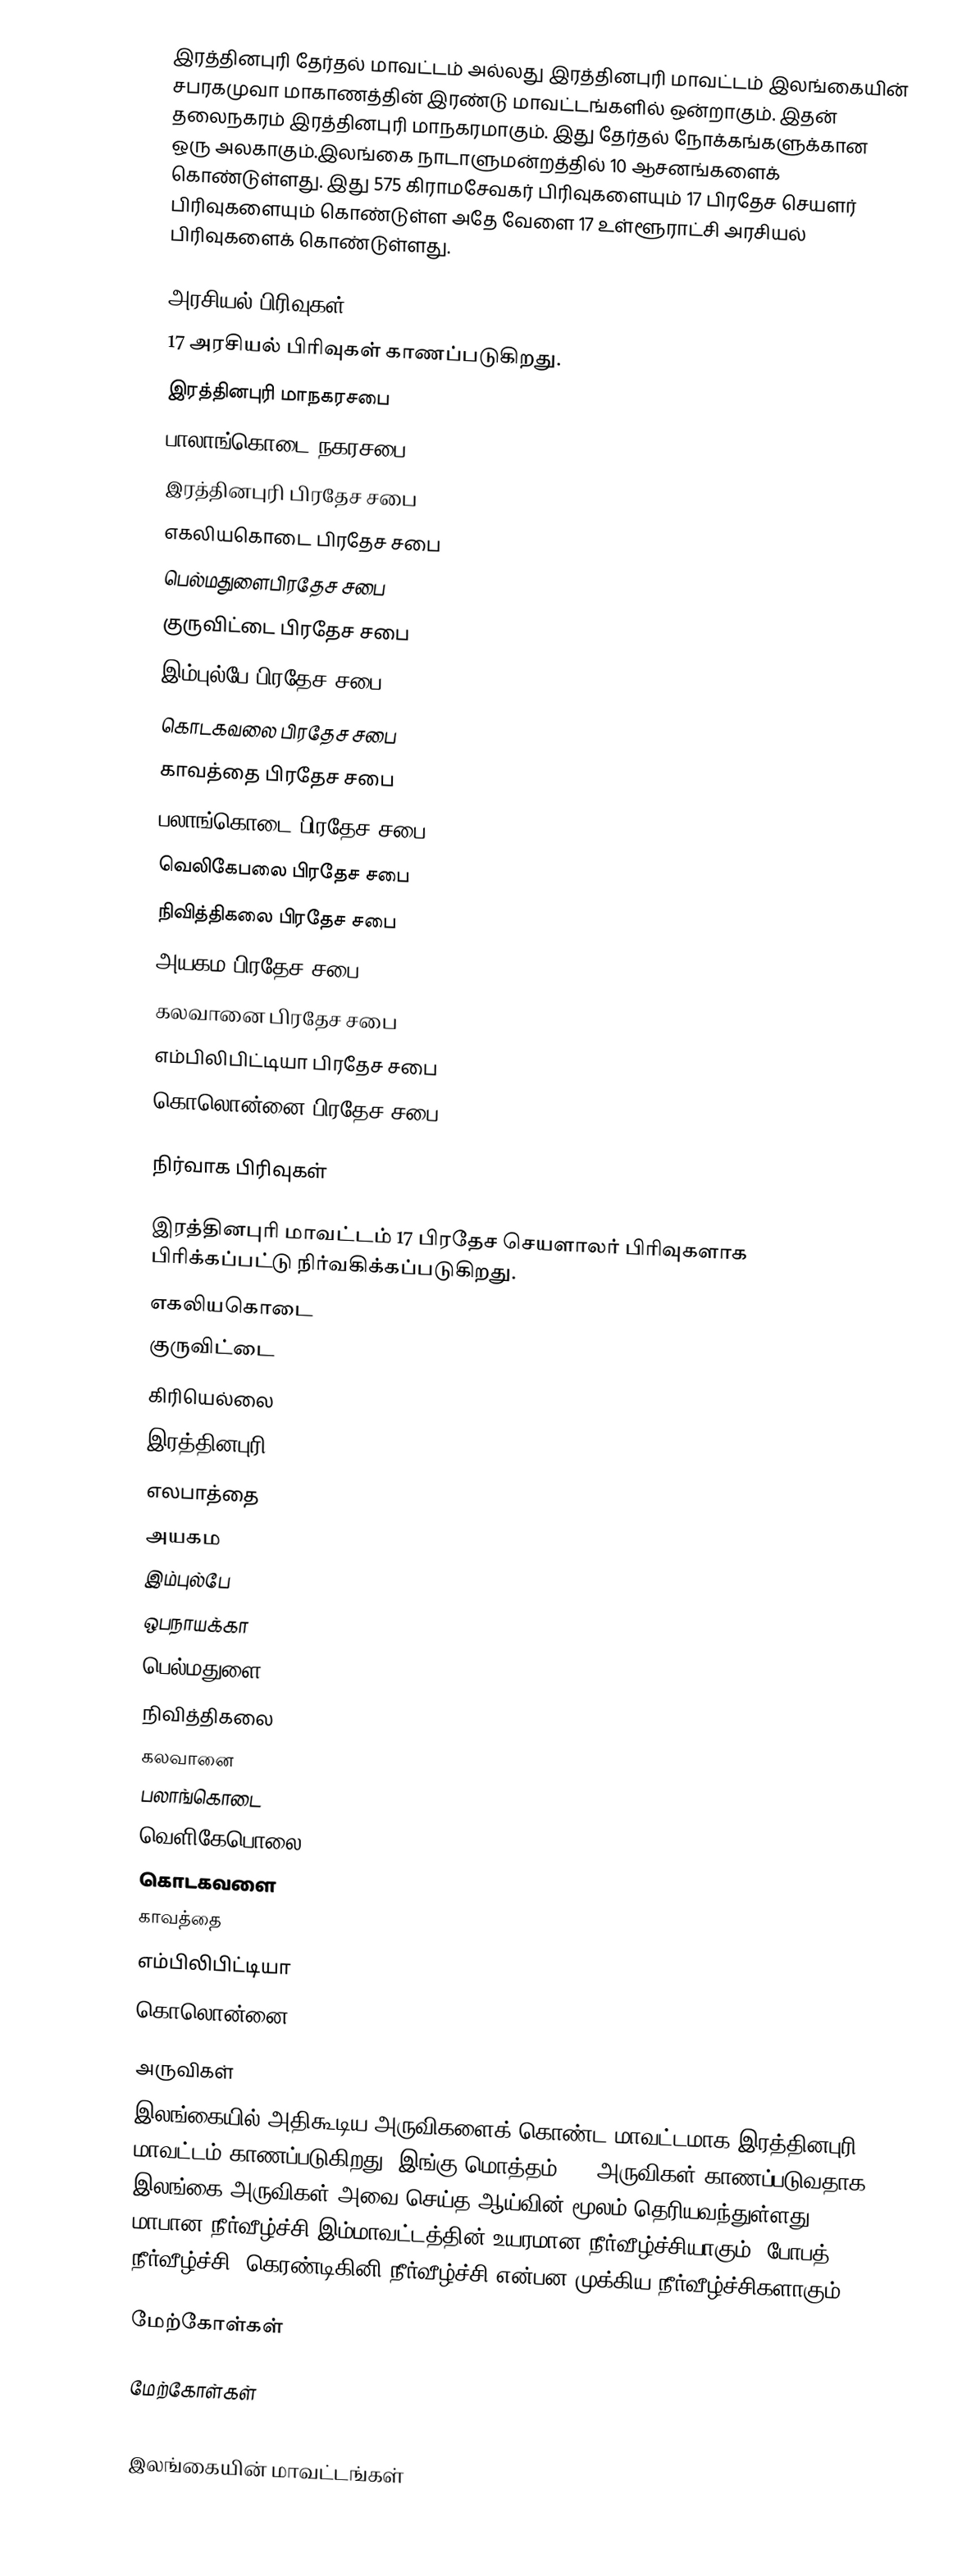
இரத்தினபுரி தேர்தல் மாவட்டம் அல்லது இரத்தினபுரி மாவட்டம்  இலங்கையின் சபரகமுவா மாகாணத்தின் இரண்டு மாவட்டங்களில் ஒன்றாகும். இதன் தலைநகரம் இரத்தினபுரி மாநகரமாகும். இது தேர்தல் நோக்கங்களுக்கான ஒரு அலகாகும்.இலங்கை நாடாளுமன்றத்தில் 10 ஆசனங்களைக் கொண்டுள்ளது. இது  575 கிராமசேவகர் பிரிவுகளையும் 17 பிரதேச செயளர் பிரிவுகளையும் கொண்டுள்ள அதே வேளை 17 உள்ளூராட்சி அரசியல் பிரிவுகளைக் கொண்டுள்ளது.

அரசியல் பிரிவுகள்
17 அரசியல் பிரிவுகள் காணப்படுகிறது.
 இரத்தினபுரி மாநகரசபை
 பாலாங்கொடை நகரசபை
 இரத்தினபுரி பிரதேச சபை
 எகலியகொடை பிரதேச சபை
 பெல்மதுளைபிரதேச சபை
 குருவிட்டை பிரதேச சபை
 இம்புல்பே பிரதேச சபை
 கொடகவலை பிரதேச சபை
 காவத்தை பிரதேச சபை
 பலாங்கொடை பிரதேச சபை
 வெலிகேபலை பிரதேச சபை
 நிவித்திகலை பிரதேச சபை
 அயகம பிரதேச சபை
 கலவானை பிரதேச சபை
 எம்பிலிபிட்டியா பிரதேச சபை
 கொலொன்னை பிரதேச சபை

நிர்வாக பிரிவுகள்

இரத்தினபுரி மாவட்டம் 17 பிரதேச செயளாலர் பிரிவுகளாக பிரிக்கப்பட்டு நிர்வகிக்கப்படுகிறது.
 எகலியகொடை
 குருவிட்டை
 கிரியெல்லை
 இரத்தினபுரி
 எலபாத்தை
 அயகம
 இம்புல்பே
 ஒபநாயக்கா
 பெல்மதுளை
 நிவித்திகலை
 கலவானை
 பலாங்கொடை
 வெளிகேபொலை
 கொடகவளை
 காவத்தை
 எம்பிலிபிட்டியா
 கொலொன்னை

அருவிகள்
இலங்கையில் அதிகூடிய அருவிகளைக் கொண்ட மாவட்டமாக இரத்தினபுரி மாவட்டம் காணப்படுகிறது. இங்கு மொத்தம் 109 அருவிகள் காணப்படுவதாக இலங்கை அருவிகள் அவை செய்த ஆய்வின் மூலம் தெரியவந்துள்ளது. மாபான நீர்வீழ்ச்சி இம்மாவட்டத்தின் உயரமான நீர்வீழ்ச்சியாகும். போபத் நீர்வீழ்ச்சி, கெரண்டிகினி நீர்வீழ்ச்சி என்பன முக்கிய நீர்வீழ்ச்சிகளாகும்.

மேற்கோள்கள்

மேற்கோள்கள்

இலங்கையின் மாவட்டங்கள்